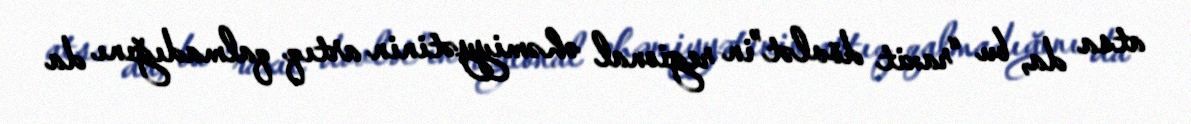
atsa da, bu “raxit dövlət”in regional əhəmiyyətinin artıq qalmadığını da